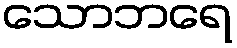
သောဘရေ